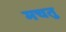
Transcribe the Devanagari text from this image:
मचतु